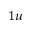
_ { 1 u }